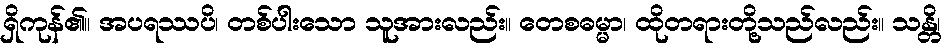
ရှိကုန်၏။ အပရဿပိ၊ တစ်ပါးသော သူအားလည်း။ တေစဓမ္မာ၊ ထိုတရားတို့သည်လည်း။ သန္တိ၊